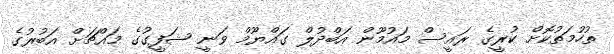
ތުހުމަތުކޮށް ކުރީގެ ރައީސް މައުމޫން އަބްދުލް ގައްޔޫމް ވަނީ ޝަފީގުގެ މައްޗަށް އަބުރުގެ